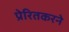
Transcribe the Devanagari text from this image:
प्रेरितकरने